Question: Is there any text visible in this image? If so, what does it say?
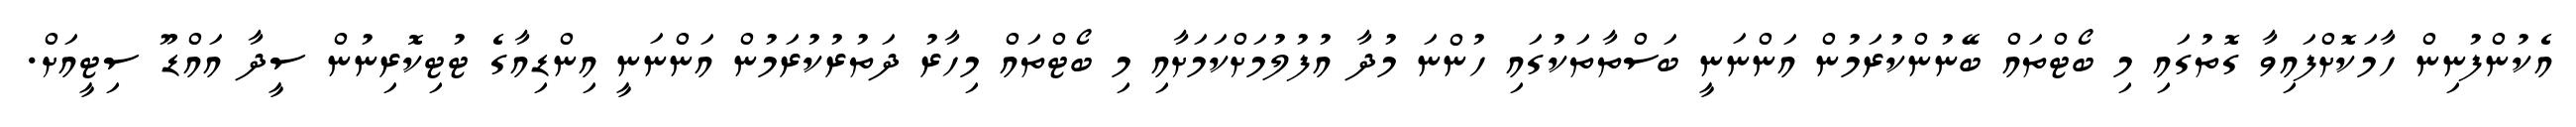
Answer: އެކުންފުނިން ހާމަކޮށްފައިވާ ގޮތުގައި މި ބޯޓްތައް ބޭނުންކުރަމުން އަންނަނީ ބަސްތާތަކުގައި ހުންނަ މުދާ އުފުލުމަށްކަމަށާއި މި ބޯޓްތައް މިހާރު ދަތުރުކުރަމުން އަންނަނީ އިންޑިއާގެ ޓުޓިކޮރިނުން ސީދާ އައްޑޫ ސިޓީއަށް.